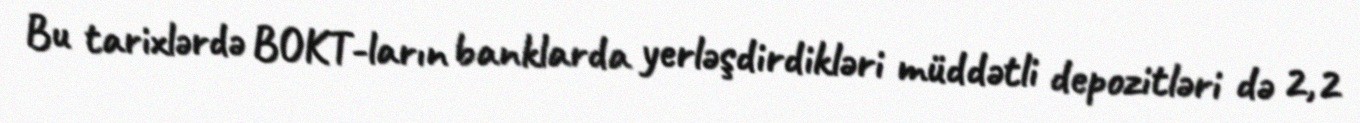
Bu tarixlərdə BOKT-ların banklarda yerləşdirdikləri müddətli depozitləri də 2,2